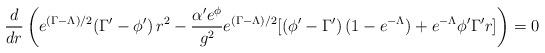
LaTeX: \begin{align*}\frac{d}{dr}\left(e^{(\Gamma-\Lambda)/2} (\Gamma'-\phi') \,r^2 -\frac{\alpha'e^\phi}{g^2}e^{(\Gamma-\Lambda)/2}[(\phi'-\Gamma')\,(1-e^{-\Lambda})+ e^{-\Lambda} \phi' \Gamma' r]\right)=0\end{align*}